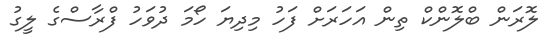
ލޮރަން ބްލޮންކް ތިން އަހަރަށް ފަހު މިދިޔަ ހޯމަ ދުވަހު ފްރާސްގެ ލީގު